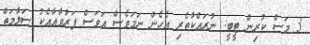
3 މަސް ކުރިން ޓީބީ: ނުރައްކާތެރި އެހެން ނަމަވެސް އަވަސް ފަރުވާއާއެކު ސަލާމަތް